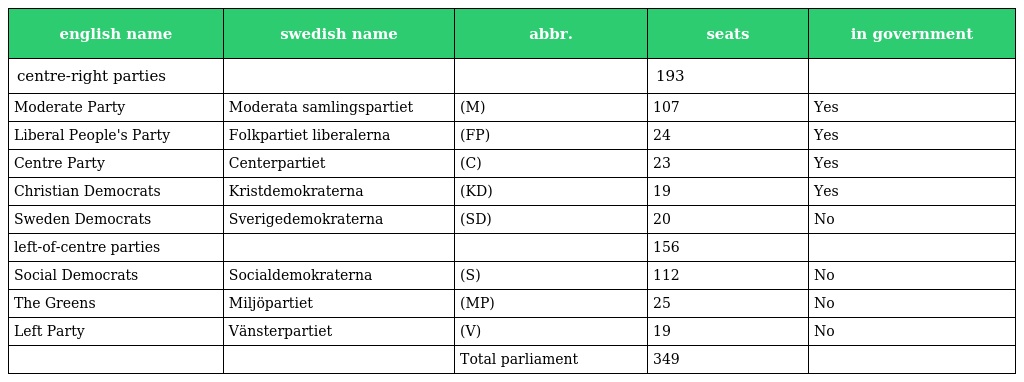
| english name | swedish name | abbr. | seats | in government |
 | --- | --- | --- | --- | --- |
 | centre-right parties |  |  | 193 |  |
 | Moderate Party | Moderata samlingspartiet | (M) | 107 | Yes |
 | Liberal People's Party | Folkpartiet liberalerna | (FP) | 24 | Yes |
 | Centre Party | Centerpartiet | (C) | 23 | Yes |
 | Christian Democrats | Kristdemokraterna | (KD) | 19 | Yes |
 | Sweden Democrats | Sverigedemokraterna | (SD) | 20 | No |
 | left-of-centre parties |  |  | 156 |  |
 | Social Democrats | Socialdemokraterna | (S) | 112 | No |
 | The Greens | Miljöpartiet | (MP) | 25 | No |
 | Left Party | Vänsterpartiet | (V) | 19 | No |
 |  |  | Total parliament | 349 |  |